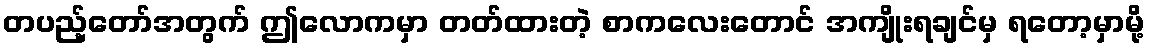
တပည့်တော်အတွက် ဤလောကမှာ တတ်ထားတဲ့ စာကလေးတောင် အကျိုးရချင်မှ ရတော့မှာမို့